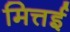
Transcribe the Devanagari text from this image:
मित्तई